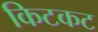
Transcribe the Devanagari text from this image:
किटकट